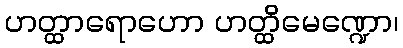
ဟတ္ထာရောဟော ဟတ္ထိမေဏ္ဍော၊